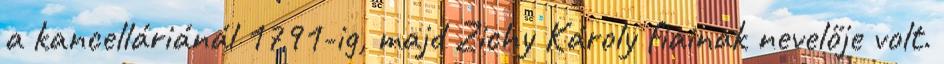
a kancelláriánál 1791-ig, majd Zichy Károly fiainak nevelője volt.